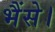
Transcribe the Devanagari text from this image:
भैंसे।